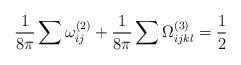
LaTeX: \begin{align*}\frac{1}{8\pi}\sum \omega^{(2)}_{ij} + \frac{1}{8\pi}\sum \Omega^{(3)}_{ijkl} = \frac{1}{2}\end{align*}